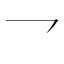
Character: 𪛙